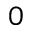
0